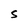
Character: S